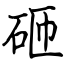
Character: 砸